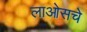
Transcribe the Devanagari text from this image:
लाओसचे